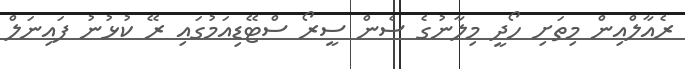
ރެއާލްއިން މިތަށި ހޯދީ މިލާނުގެ ސެން ސީރޯ ސްޓޭޑިއަމުގައި ރޭ ކުޅުނު ފައިނަލް